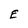
Character: E